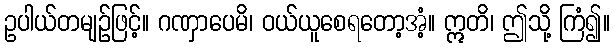
ဥပါယ်တမျဉ်ဖြင့်။ ဂဏှာပေမိ၊ ဝယ်ယူစေရတော့အံ့။ ဣတိ၊ ဤသို့ ကြံ၍။